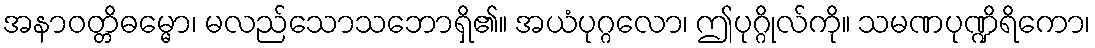
အနာဝတ္တိဓမ္မော၊ မလည်သောသဘောရှိ၏။ အယံပုဂ္ဂလော၊ ဤပုဂ္ဂိုလ်ကို။ သမဏပုဏ္ဍိရိကော၊